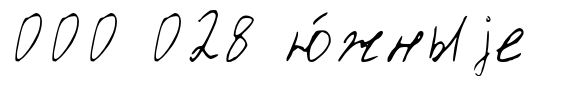
000 028 ю́жныjе